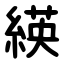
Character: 緓